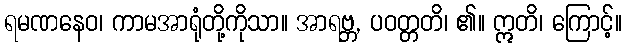
ရမဏနေဝ၊ ကာမအာရုံတို့ကိုသာ။ အာရဗ္ဘ, ပဝတ္တတိ၊ ၏။ ဣတိ၊ ကြောင့်။